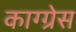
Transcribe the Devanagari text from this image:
काग्ग्रेस